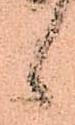
候